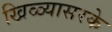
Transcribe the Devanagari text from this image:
खिळ्यासरके